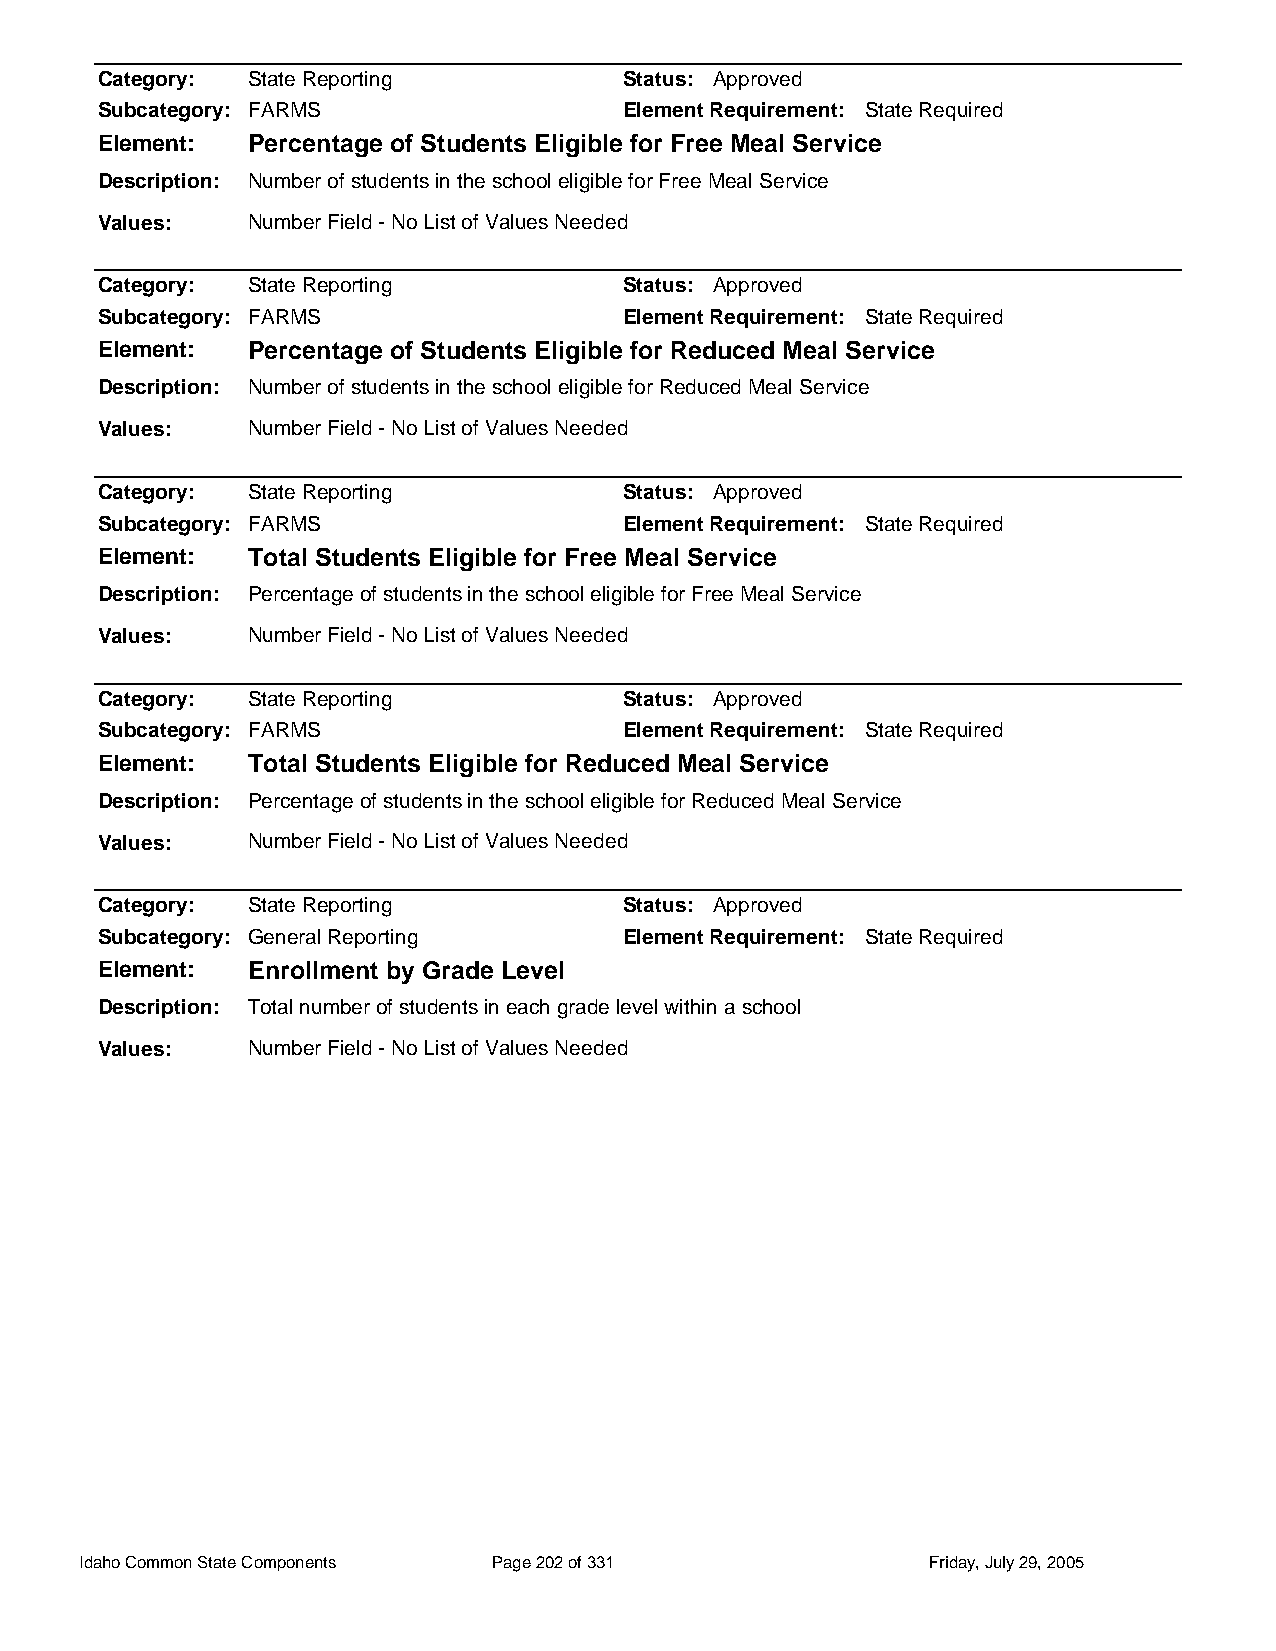
Category: State Reporting          Status: Approved
 Subcategory: FARMS                 Element Requirement: State Required
 Element:  Percentage of Students Eligible for Free Meal Service
 Description: Number of students in the school eligible for Free Meal Service
 Values:   Number Field - No List of Values Needed
 Category: State Reporting          Status: Approved
 Subcategory: FARMS                 Element Requirement: State Required
 Element:  Percentage of Students Eligible for Reduced Meal Service
 Description: Number of students in the school eligible for Reduced Meal Service
 Values:   Number Field - No List of Values Needed
 Category: State Reporting          Status: Approved
 Subcategory: FARMS                 Element Requirement: State Required
 Element:  Total Students Eligible for Free Meal Service
 Description: Percentage of students in the school eligible for Free Meal Service
 Values:   Number Field - No List of Values Needed
 Category: State Reporting          Status: Approved
 Subcategory: FARMS                 Element Requirement: State Required
 Element:  Total Students Eligible for Reduced Meal Service
 Description: Percentage of students in the school eligible for Reduced Meal Service
 Values:   Number Field - No List of Values Needed
 Category: State Reporting          Status: Approved
 Subcategory: General Reporting     Element Requirement: State Required
 Element:  Enrollment by Grade Level
 Description: Total number of students in each grade level within a school
 Values:   Number Field - No List of Values Needed
 Idaho Common State Components Page 202 of 331           Friday, July 29, 2005